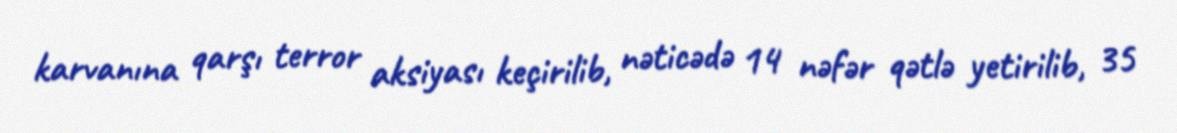
karvanına qarşı terror aksiyası keçirilib, nəticədə 14 nəfər qətlə yetirilib, 35